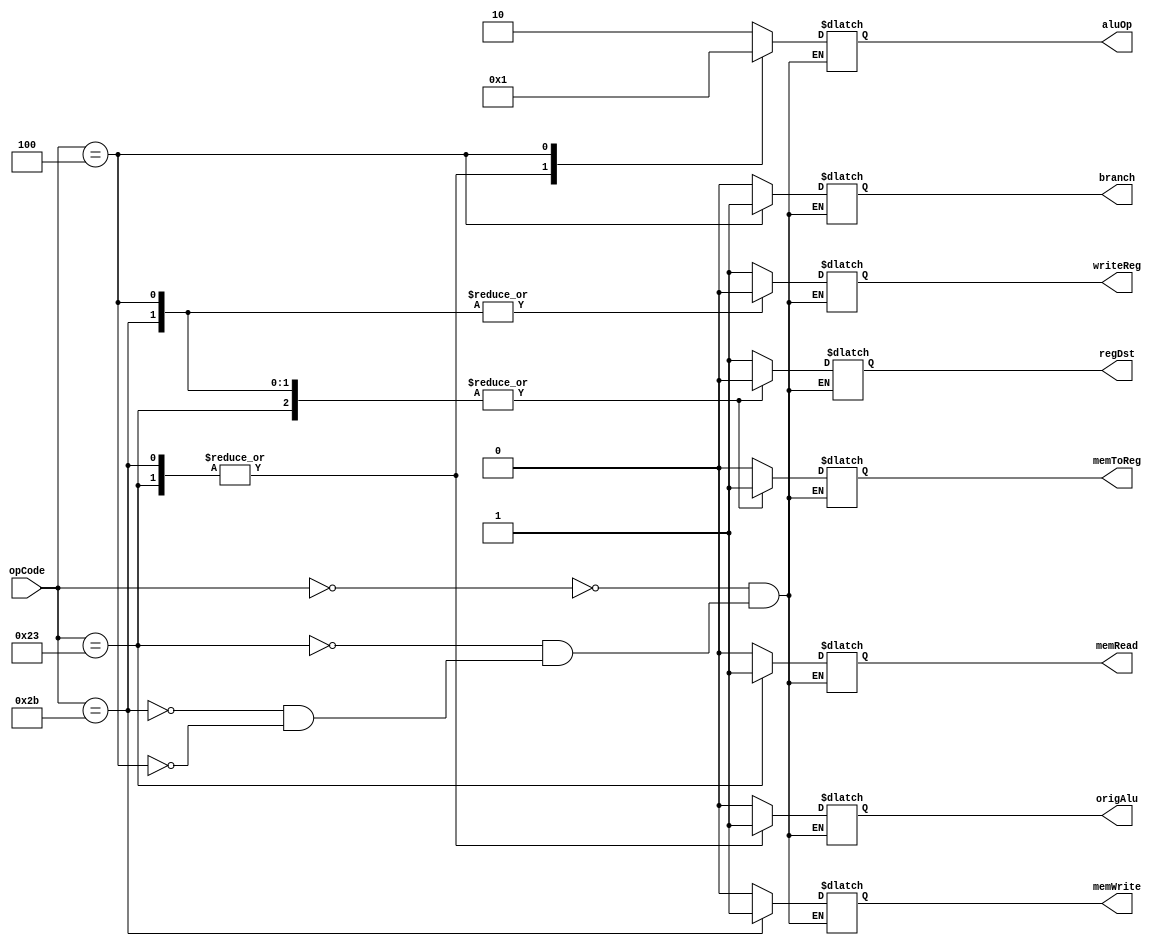
module control_unit (
	input wire [5:0] opCode,
	output reg regDst,
	output reg origAlu,
	output reg memToReg,
	output reg writeReg,
	output reg memRead,
	output reg memWrite,
	output reg branch,
	output reg [1:0] aluOp
);

	always @(*) begin
		case (opCode)
			6'b000000: begin //type R
				regDst = 1'b1;
				origAlu = 1'b0;
				memToReg = 1'b0;
				writeReg = 1'b1;
				memRead = 1'b0;
				memWrite = 1'b0;
				branch = 1'b0;
				aluOp = 2'b10;
			end
			6'b100011: begin //lw
				regDst = 1'b0;
				origAlu = 1'b1;
				memToReg = 1'b1;
				writeReg = 1'b1;
				memRead = 1'b1;
				memWrite = 1'b0;
				branch = 1'b0;
				aluOp = 2'b00;
			end
			6'b101011: begin //sw
				regDst = 1'b0; //x
				origAlu = 1'b1;
				memToReg = 1'b1; //x
				writeReg = 1'b0;
				memRead = 1'b0;
				memWrite = 1'b1;
				branch = 1'b0;
				aluOp = 2'b00;
			end
			6'b000100: begin //beq
				regDst = 1'b0; //x
				origAlu = 1'b0;
				memToReg = 1'b1; //x
				writeReg = 1'b0;
				memRead = 1'b0;
				memWrite = 1'b0;
				branch = 1'b1;
				aluOp = 2'b01;
			end
		endcase
	end
endmodule